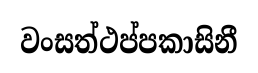
වංසත්ථප්පකාසිනී